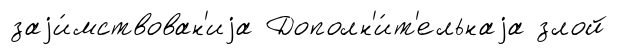
заjи́мствован'иjа Дополн'и́т'ельнаjа злой